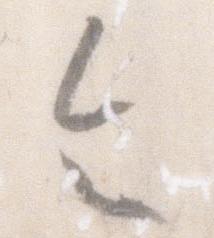
令